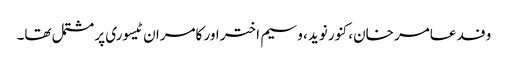
وفد عامر خان، کنور نوید، وسیم اختر اور کامران ٹیسوری پر مشتمل تھا۔